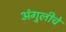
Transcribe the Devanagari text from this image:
अंगुलीचे